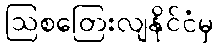
ဩစတြေးလျနိုင်ငံမှ